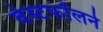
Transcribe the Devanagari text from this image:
वेस्टफॉलने